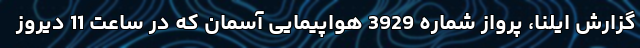
گزارش ایلنا،‌ پرواز شماره 3929 هواپیمایی آسمان که در ساعت 11 دیروز